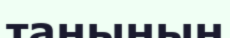
таңының